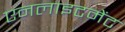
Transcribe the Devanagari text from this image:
एनलाइटमेंट